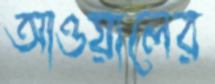
আওয়ালের